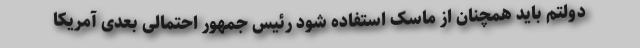
دولتم باید همچنان از ماسک استفاده شود رئیس جمهور احتمالی بعدی آمریکا